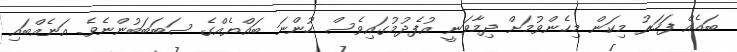
ބައެއް ފަހަރު މިކަން މިހެންވުމަށް ދިމާވަނީ އުފެދުމުގައިވެސް ހުންނަ ބައްޔެއްގެ ސަބަބަބުންނެވެ. އަނެއްބައި